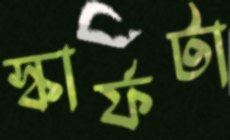
স্কার্ফটা